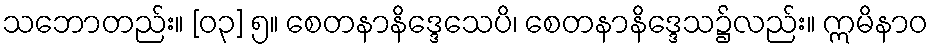
သဘောတည်း။ [၀၃] ၅။ စေတနာနိဒ္ဒေသေပိ၊ စေတနာနိဒ္ဒေသ၌လည်း။ ဣမိနာဝ